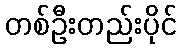
တစ်ဦးတည်းပိုင်